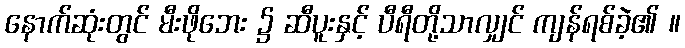
နောက်ဆုံးတွင် မီးဖိုဘေး ၌ ဆီပူးနှင့် ပီရီတို့သာလျှင် ကျန်ရစ်ခဲ့၏ ။